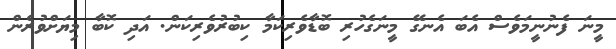
މީނަ ފެނުނީމަވެސް އެބަ އެނގޭ މީނަގެހުރި ބޮޑާވެރިކަމާ ކިބުރުވެރިކަން. އަދި ކޮބާ މިޔަށްވުރެން